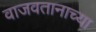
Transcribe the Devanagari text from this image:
वाजवतानाच्या